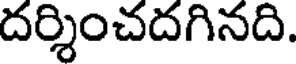
దర్శించదగినది.